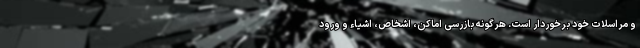
و مراسلات خود برخوردار است. هرگونه بازرسی اماکن، اشخاص، اشیاء و ورود